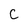
Character: C